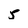
Character: 5